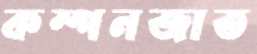
কম্পনজাত